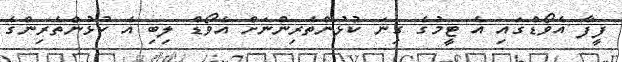
ފީފާ އެވޯޑްގައި އެ ޓީމުގެ ގިނަ ކުޅުންތެރިންނަށް އެވޯޑް ލިބި އެ ކުޅުންތެރިންގެ